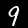
Digit: 9